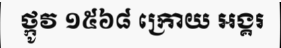
ថ្កូវ ១៥៦៨ ក្រោយ អង្គរ